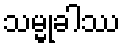
သမ္မုခါဿ